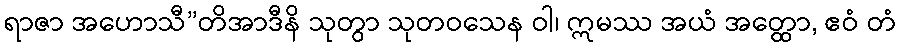
ရာဇာ အဟောသီ”တိအာဒီနိ သုတွာ သုတဝသေန ဝါ၊ ဣမဿ အယံ အတ္ထော, ဧဝံ တံ